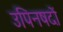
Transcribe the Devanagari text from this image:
उपिनषदों